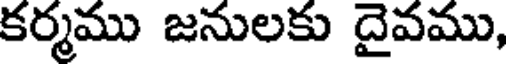
కర్మము జనులకు దైవము,